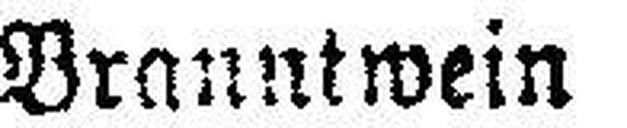
Branntwein